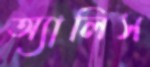
অ্যালিস